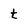
Character: t